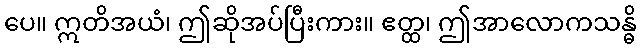
ပေ။ ဣတိအယံ၊ ဤဆိုအပ်ပြီးကား။ ဧတ္ထ၊ ဤအာလောကသန္ဓိ